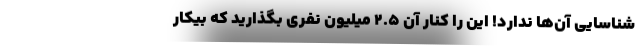
شناسایی آن‌ها ندارد! این را کنار آن ۲.۵ میلیون نفری بگذارید که بیکار